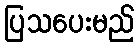
ပြသပေးမည်